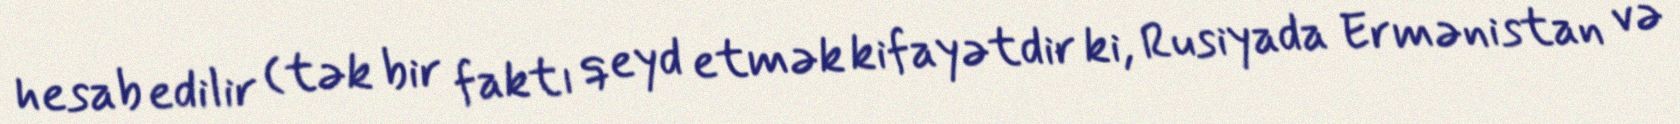
hesab edilir (tək bir faktı qeyd etmək kifayətdir ki, Rusiyada Ermənistan və